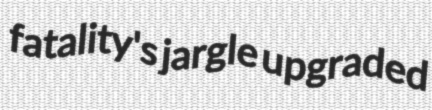
fatality's jargle upgraded